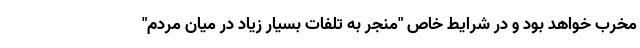
مخرب خواهد بود و در شرایط خاص "منجر به تلفات بسیار زیاد در میان مردم"